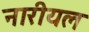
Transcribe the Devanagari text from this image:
नारीयल